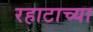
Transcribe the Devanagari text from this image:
रहाटाच्या